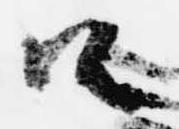
由